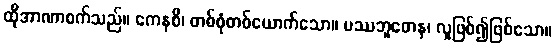
ထိုအာဏာစက်သည်။ ကေနစိ၊ တစ်စုံတစ်ယောက်သော။ မဿဘူတေန၊ လူဖြစ်၍ဖြစ်သော။